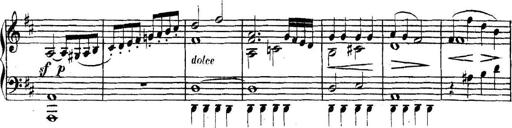
Title: Collected Piano Sonatas
Composer: Muzio Clementi